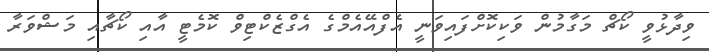
ވިދާޅުވީ ކޯޗް މަގާމުން ވަކިކޮށްފައިވަނީ އެފްއޭއެމްގެ އެގްޒެކްޓިވް ކޮމެޓީ އާއި ކޯޗާއި މަޝްވަރާ